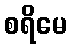
စရိမေ